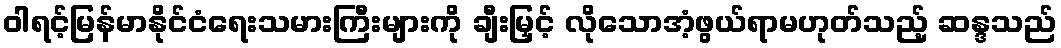
ဝါရင့်မြန်မာနိုင်ငံရေးသမားကြီးများကို ချီးမြှင့် လိုသောအံ့ဖွယ်ရာမဟုတ်သည့် ဆန္ဒသည်